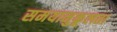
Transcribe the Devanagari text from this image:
समयानुकूलता